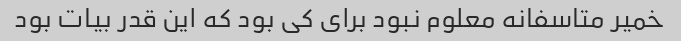
خمیر متاسفانه معلوم نبود برای کی بود که این قدر بیات بود